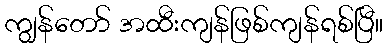
ကျွန်တော် အထီးကျန်ဖြစ်ကျန်ရစ်ပြီ။